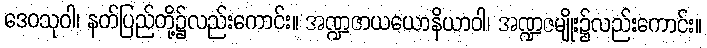
ဒေဝသုဝါ၊ နတ်ပြည်တို့၌လည်းကောင်း။ အဏ္ဍဇာယယောနိယာဝါ၊ အဏ္ဍဇမျိုး၌လည်းကောင်း။